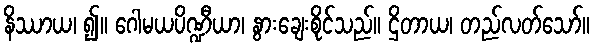
နိဿာယ၊ ၍။ ဂေါမယပိဏ္ဍီယာ၊ နွားချေးစိုင်သည်။ ဌိတာယ၊ တည်လတ်သော်။